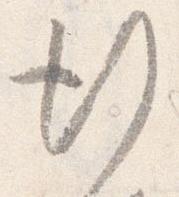
行